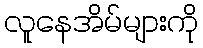
လူနေအိမ်များကို